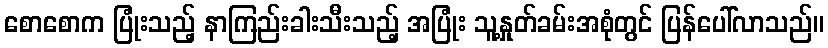
စောစောက ပြုံးသည့် နာကြည်းခါးသီးသည့် အပြုံး သူ့နှုတ်ခမ်းအစုံတွင် ပြန်ပေါ်လာသည်။